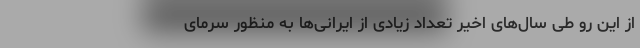
از این رو طی سال‌های اخیر تعداد زیادی از ایرانی‌ها به منظور سرمای